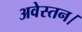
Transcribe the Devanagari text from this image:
अवेस्तन।